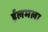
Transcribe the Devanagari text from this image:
ईलमला